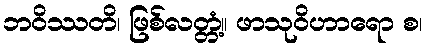
ဘဝိဿတိ၊ ဖြစ်လတ္တံ့။ ဖာသုဝိဟာရော စ၊